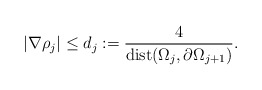
\begin{align*}| \nabla \rho_{j} | \leq d_{j} := \frac{4}{\mathrm{dist}( \Omega_{j},\partial \Omega_{j+1})}.\end{align*}